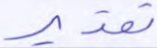
تقدير